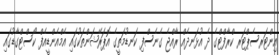
އިންޓަރސެޕްޓަރ ކްރާފްޓްގެ ދެ އުޅަނދެއް ރާއްޖެ ގެނެސްފި ކަނޑުމަތީގެ އޮޕަރޭޝަންތަކުގައި އެމްއެންޑީއެފް ކޯސްޓްގާޑުގައި